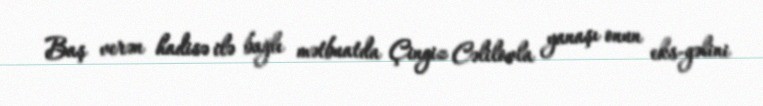
Baş verən hadisə ilə bağlı mətbuatda Çingiz Cəlilovla yanaşı onun eks-gəlini